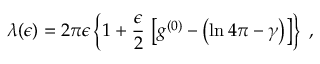
\lambda ( \epsilon ) = 2 \pi \epsilon \left\{ 1 + \frac { \epsilon } { 2 } \, \left[ g ^ { ( 0 ) } - \left( \ln 4 \pi - \gamma \right) \right] \right\} \; ,